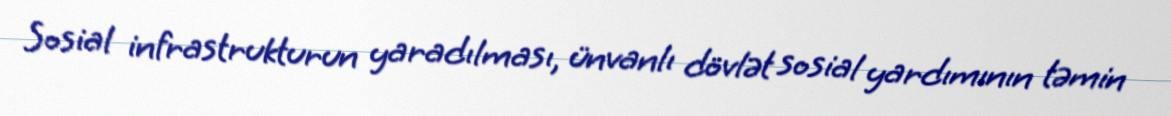
Sosial infrastrukturun yaradılması, ünvanlı dövlət sosial yardımının təmin